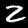
Label: 2